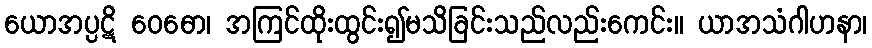
ယောအပ္ပဋိ ဝေဓော၊ အကြင်ထိုးထွင်း၍မသိခြင်းသည်လည်းကေင်း။ ယာအသံဂါဟနာ၊